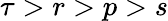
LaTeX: \tau>r>p>s